Calcutta medical institutions reports 1871-78
Year: 1871
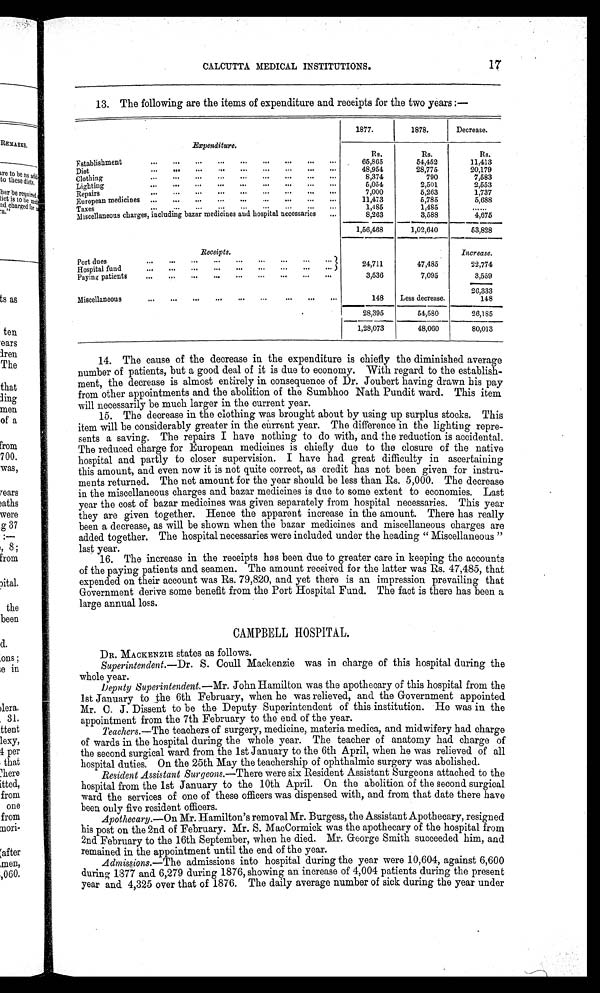
CALCUTTA MEDICAL INSTITUTIONS. 17
13. The following are the items of expenditure and receipts for the two years:—
Expenditure.
E stablishment
1877.
1878,
Decrease.
Rs.
65,865
Rs.
54,452
Rs.
11,413
Diet
48,954
28,775
20,179
Clothing
8,374
790
7,583
Lighting
5,054
2,501
2,553
Repairs
7,000
5,263
1,737
European medicines
11,473
5,785
5,688
Taxes
1,485
1,485
......
Miscellaneous charges, including bazar medicines and hospital necessaries
8 , 2 6 3
3,588
4,675
1,56,468
1,02,640
53,828
Receipts.
Increase.
Port dues
24,711
47,485
22,774
Hospital fund
Paying patients
3,536
7,095
3,559
Miscellaneous
148
Less decrease.
26,333
148
28,395
54,580
26,185
1,28,073
48,060
80,013
14. The cause of the decrease in the expenditure is chiefly the diminished average
number of patients, but a good deal of it is due to economy. With regard to the establish
- m e n t , t h e d e c r e a s e i s a l m o s t e n t i r e l y i n c o n s e q u e n c e o f D r . J o u b e r t h a v i n g d r a w n h i s p a y
from other appointments and the abolition of the Sumbhoo Nath Pundit ward. This item
will necessarily be much larger in the current year.
15. The decrease in the clothing was brought about by using up surplus stocks. This
item will be considerably greater in the current year. The difference in the lighting repre
- s e n t s a s a v i n g . T h e r e p a i r s I h a v e n o t h i n g t o d o w i t h , a n d t h e r e d u c t i o n i s a c c i d e n t a l .
The reduced charge for European medicines is chiefly due to the closure of the native
hospital and partly to closer supervision. I have had great difficulty in ascertaining
this amount, and even now it is not quite correct, as credit has not been given for instru
- m e n t s r e t u r n e d . T h e n e t a m o u n t f o r t h e y e a r s h o u l d b e l e s s t h a n R s . 5 , 0 0 0 . T h e d e c r e a s e
in the miscellaneous charges and bazar medicines is due to some extent to economies. Last
year the cost of bazar medicines was given separately from hospital necessaries. This year
they are given together. Hence the apparent increase in the amount. There has really
been a decrease, as will be shown when the bazar medicines and miscellaneous charges are
added together. The hospital necessaries were included under the heading "Miscellaneous"
last year.
16. The increase in the receipts has been due to greater care in keeping the accounts
of the paying patients and seamen. The amount received for the latter was Rs. 47,485, that
expended on their account was Rs. 79,820, and yet there is an impression prevailing that
Government derive some benefit from the Port Hospital Fund. The fact is there has been a
large annual loss.
CAMPBELL HOSPITAL.
DR. MACKENZIE states as follows.
Superintendent. —Dr. S. Coull. Mackenzie was in charge of this hospital during the
whole year.
Deputy Superintendent.—Mr. John Hamilton was the apothecary of this hospital from the
1st January to the 6th February, when he was relieved, and the Government appointed
Mr. C. J. Dissent to be the Deputy Superintendent of this institution. He was in the
appointment from the 7th February to the end of the year.
Teachers.—The teachers of surgery, medicine, materia medica, and midwifery had charge
of wards in the hospital during the whole year. The teacher of anatomy had charge of
the second surgical ward from the 1st January to the 6th April, when he was relieved of all
hospital duties. On the 25th May the teachership of ophthalmic surgery was abolished.
Resident Assistant Surgeons.—There were six Resident Assistant Surgeons attached to the
hospital from the 1st January to the 10th April. On the abolition of the second surgical
ward the services of one of these officers was dispensed with, and from that date there have
been only five resident officers.
Apothecary.—On Mr. Hamilton's removal Mr. Burgess, the Assistant Apothecary, resigned
his post on the 2nd of February. Mr. S. MacCormick was the apothecary of the hospital from
2nd February to the 16th September, when he died. Mr. George Smith succeeded him, and
remained in the appointment until the end of the year.
Admissions.—The admissions into hospital during the year were 10,604, against 6,600
during 1877 and. 6,279 during 1876, showing an increase of 4,004 patients during the present
year and 4,325 over that of 1876. The daily average number of sick during the year under